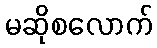
မဆိုစလောက်